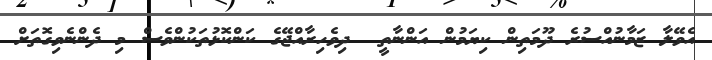
އެވޭލާ ޒަމާނުއްސުރެ ދޫމަތިން ކިޔަމުން އަންނާތީ  ދިވެހިރާއްޖޭގެ ކަންކޮޅުތަކުންވެސް މި ދެންނެވިގޮތަށް